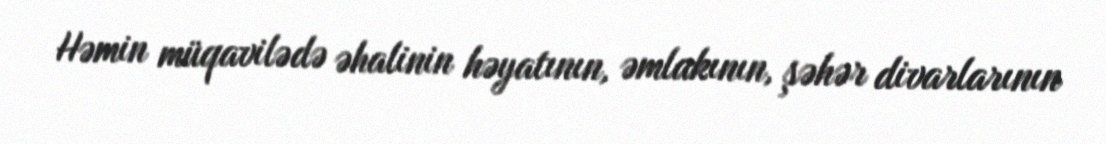
Həmin müqavilədə əhalinin həyatının, əmlakının, şəhər divarlarının